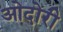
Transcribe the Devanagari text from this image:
ओदोरी